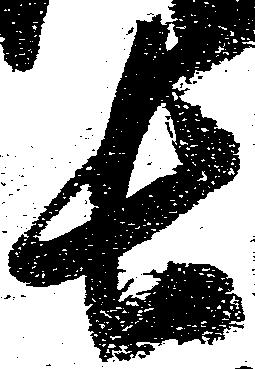
長